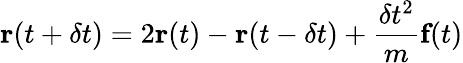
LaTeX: \textbf{r}(t+\delta t)=2\textbf{r}(t)-\textbf{r}(t-\delta t)+\frac{\delta t^{2}}{m}\textbf{f}(t)